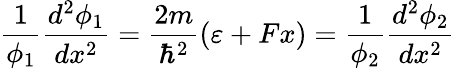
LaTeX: \frac{1}{\phi_{1}}\frac{d^{2}\phi_{1}}{dx^{2}}=\frac{2m}{\hbar^{2}}\left(\varepsilon+Fx\right)=\frac{1}{\phi_{2}}\frac{d^{2}\phi_{2}}{dx^{2}}